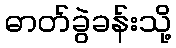
ဓာတ်ခွဲခန်းသို့